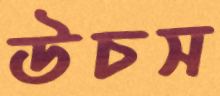
উচস